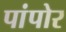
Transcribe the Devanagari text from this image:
पांपोर